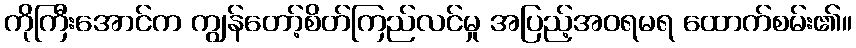
ကိုကြီးအောင်က ကျွန်တော့်စိတ်ကြည်လင်မှု အပြည့်အဝရမရ ထောက်စမ်း၏။